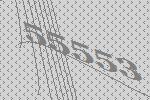
55553